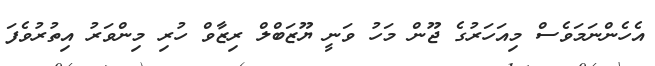
އެހެންނަމަވެސް މިއަހަރުގެ ޖޫން މަހު ވަނީ ޔޫޒަބްލް ރިޒާވް ހުރި މިންވަރު އިތުރުވެފަ